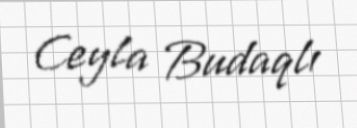
Ceyla Budaqlı